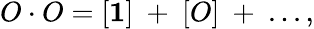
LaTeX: O\cdot O=[{\mathbf 1}]~+~[O]~+~...,